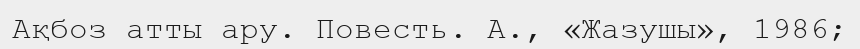
Ақбоз атты ару. Повесть. А., «Жазушы», 1986;